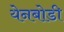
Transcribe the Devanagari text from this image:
येनबोडी